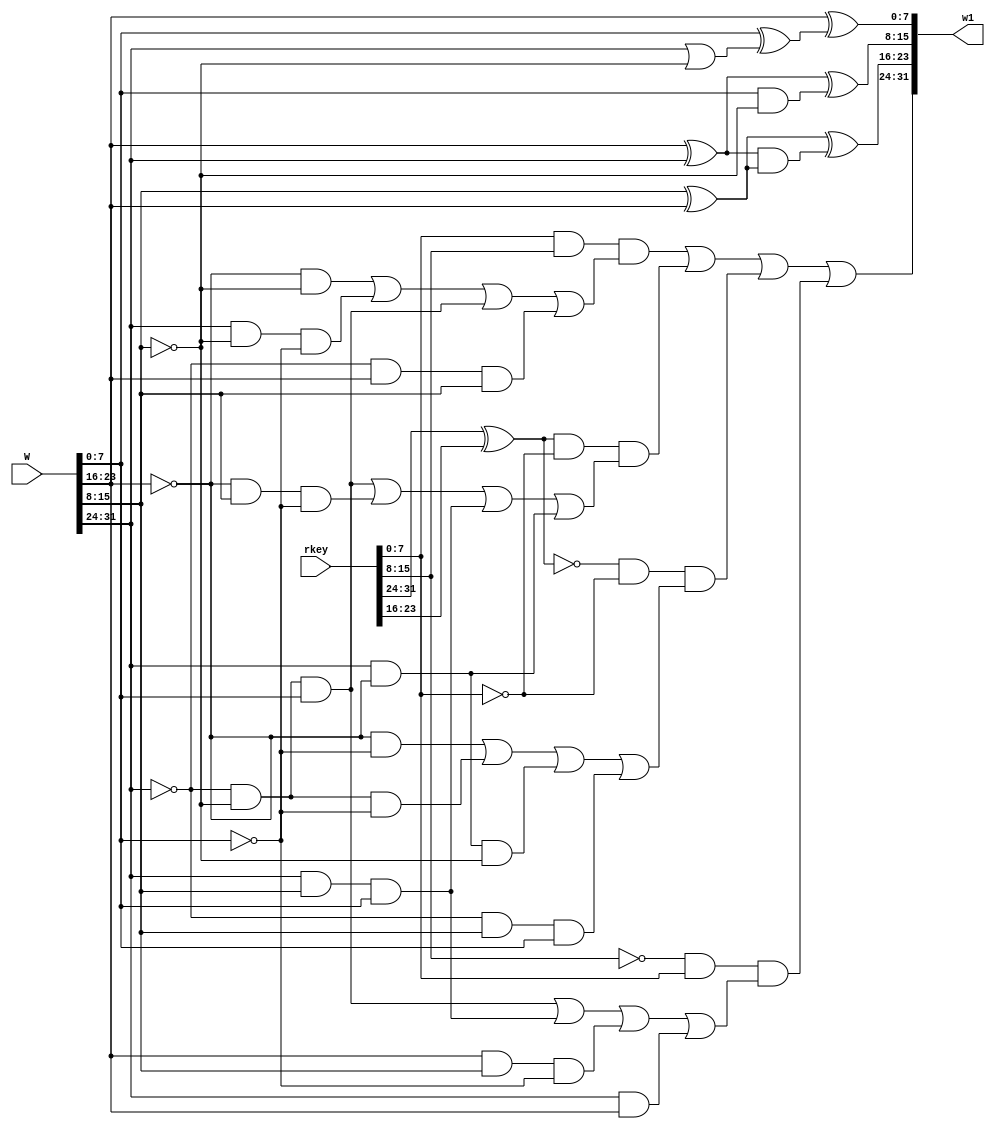
//////////////////////////////////////////////////////////////////////////////////
// Company: 
// Engineer: 
// 
// Design Name: 
// Module Name:    fS 
// Project Name: 
// Target Devices: 
// Tool versions: 
// Description: 
//
// Dependencies: 
//
// Revision: 
// Revision 0.01 - File Created
// Additional Comments: 
//
//////////////////////////////////////////////////////////////////////////////////
module fS(W,rkey,w1);
  input[0:31] W;
  input[0:31] rkey;
  output[0:31] w1;
  wire[0:7] s[1:7];
 
 
  assign s[1]=~(W[16:23]);
  assign s[2]=(W[24:31]&s[1]);
  assign s[3]=(W[8:15]^W[0:7]);

  assign w1[16:23]=s[3]^s[2];
  assign s[4]=(W[0:7]|s[1]);
  assign s[5]=((W[24:31]^s[4]));

  assign w1[24:31]=W[8:15]^s[5];
  assign s[6]=(W[16:23]^W[8:15]);
  assign s[7]=(s[3]&s[6]);

  assign w1[8:15]=s[6]^s[7];
  assign w1[0:7]=((rkey[24:31]&rkey[16:23])&((~W[8:15]&~W[16:23])|(W[0:7]&~W[16:23]&~W[24:31])|(~W[0:7]&~W[16:23]&W[24:31])|(~W[0:7]&W[8:15]&W[16:23])))|
		 (((rkey[0:7]^rkey[8:15])&~rkey[24:31])&((~W[0:7]&~W[16:23]&W[24:31])|(~W[8:15]&W[16:23]&~W[24:31])|(W[0:7]&W[16:23]&W[24:31])|(W[0:7]&~W[8:15])))|
		 
		 ((~(rkey[0:7]^rkey[8:15])&~rkey[24:31])&((~W[8:15]&~W[24:31])|(~W[0:7]&~W[16:23]&~W[24:31])|(W[0:7]&~W[8:15]&~W[16:23])|(~W[0:7]&W[16:23]&W[24:31])))|
		
		 ((~rkey[16:23]&rkey[24:31])&((~W[0:7]&~W[16:23]&W[24:31])|(W[0:7]&W[16:23]&W[24:31])|(W[8:15]&W[16:23]&~W[24:31])|(W[0:7]&W[8:15])));
		 

 

endmodule